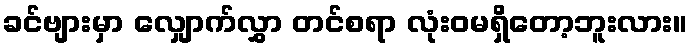
ခင်ဗျားမှာ လျှောက်လွှာ တင်စရာ လုံးဝမရှိတော့ဘူးလား။